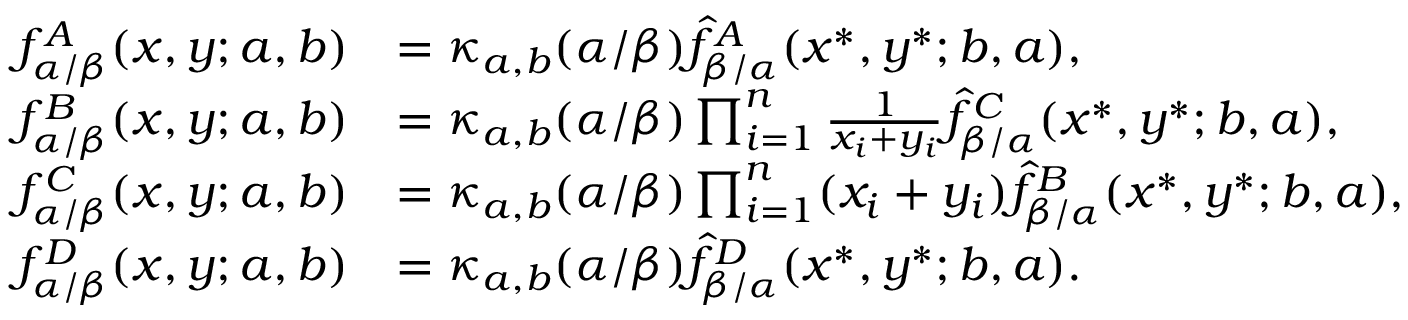
\begin{array} { r l } { f _ { \alpha / \beta } ^ { A } ( x , y ; a , b ) } & { = \kappa _ { a , b } ( \alpha / \beta ) \widehat { f } _ { \beta / \alpha } ^ { A } ( x ^ { * } , y ^ { * } ; b , a ) , } \\ { f _ { \alpha / \beta } ^ { B } ( x , y ; a , b ) } & { = \kappa _ { a , b } ( \alpha / \beta ) \prod _ { i = 1 } ^ { n } \frac { 1 } { x _ { i } + y _ { i } } \widehat { f } _ { \beta / \alpha } ^ { C } ( x ^ { * } , y ^ { * } ; b , a ) , } \\ { f _ { \alpha / \beta } ^ { C } ( x , y ; a , b ) } & { = \kappa _ { a , b } ( \alpha / \beta ) \prod _ { i = 1 } ^ { n } ( x _ { i } + y _ { i } ) \widehat { f } _ { \beta / \alpha } ^ { B } ( x ^ { * } , y ^ { * } ; b , a ) , } \\ { f _ { \alpha / \beta } ^ { D } ( x , y ; a , b ) } & { = \kappa _ { a , b } ( \alpha / \beta ) \widehat { f } _ { \beta / \alpha } ^ { D } ( x ^ { * } , y ^ { * } ; b , a ) . } \end{array}